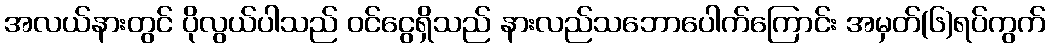
အလယ်နားတွင် ပိုလွယ်ပါသည် ဝင်ငွေရှိသည် နားလည်သဘောပေါက်ကြောင်း အမှတ်(၆)ရပ်ကွက်